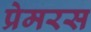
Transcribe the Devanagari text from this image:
प्रेमरस